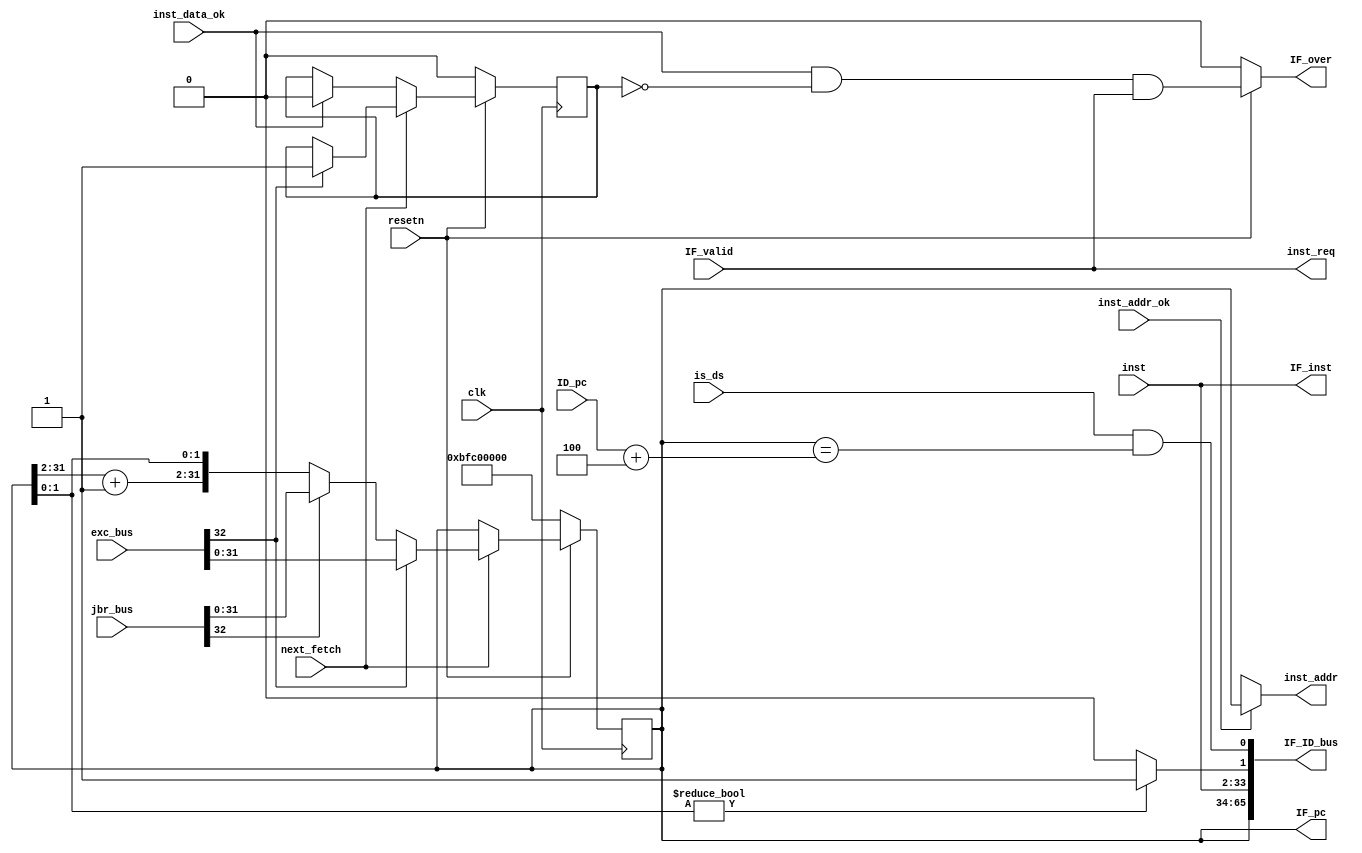
`timescale 1ns / 1ps
//////////////////////////////////////////////////////////////////////////////////
// Company: 
// Engineer: 
// 
// Design Name: 
// Module Name: fetch
// Project Name: 
// Target Devices: 
// Tool Versions: 
// Description: 
// 
// Dependencies: 
// 
// Revision:
// Revision 0.01 - File Created
// Additional Comments:
// 
//////////////////////////////////////////////////////////////////////////////////

`define STARTADDR 32'HBFC00000		// Start Address of Program
module fetch(
	input wire			clk,		// clock	
	input wire			resetn,		// reset signal , low level valid
	input wire			IF_valid,	// IF valid signal
	input wire          next_fetch,
	input wire          inst_addr_ok,
	input wire          inst_data_ok,
	input wire 	[31:0]	inst,		// instruction from inst_rom
	input wire	[32:0]	jbr_bus,	// jump bus
	output wire 		inst_req,	// inst_sram-like request
	output wire	[31:0]	inst_addr,	// fetch_address sent to inst_ram
	output wire			IF_over,	// IF module is finish
	output wire	[65:0]	IF_ID_bus,	// IF -> ID bus

	// Five Levels Pipeline New Interface
	input wire	[32:0]	exc_bus,	// Exception pc bus
	input wire          is_ds,		// Current instruction is delay slot or not
	input wire  [31:0]  ID_pc,     


	// Show PC and instruction fetched
	output wire	[31:0] 	IF_pc,
	output wire	[31:0]	IF_inst
);

// -----------{PC}begin
	wire [31:0] next_pc;
	wire [31:0] seq_pc;
	reg  [31:0] pc;

	// jump pc
	wire		jbr_taken;
	wire [31:0] jbr_target;
	assign {jbr_taken, jbr_target} = jbr_bus;	// jump bus => whether jump and target address

	// Exception PC
	wire		exc_valid;
	wire [31:0] exc_pc;
	reg         has_exc;
	assign {exc_valid, exc_pc} = exc_bus;

	// PC+4
	assign seq_pc[31:2] = pc[31:2] + 1'b1;
	assign seq_pc[1:0] = pc[1:0];

	// New Instruction: if exception appears, PC becomes entrance address of Exception
	// 					else if instruction jump, PC becomes jump address.
	//					else pc + 4.
	assign next_pc = exc_valid ? exc_pc : jbr_taken ? jbr_target : seq_pc;
    assign inst_req = IF_valid;

	always @(posedge clk)
	begin
		if (!resetn)
		begin
			// reset
			pc <= `STARTADDR;
			has_exc <= 1'b0;	
		end
		else if (next_fetch)
		begin
			pc <= next_pc;
			if (exc_valid)
			begin
			    has_exc <= 1'b1;
			end
		end
		else if (inst_data_ok)
		begin
		    has_exc <= 1'b0;
		end
	end
// -----------{PC}end

// -----------{Instruction Sent to inst_rom}begin

	assign inst_addr = inst_addr_ok ? pc : 32'hxxxxxxxx;
// -----------{Instruction Sent to inst_rom}end

// -----------{IF finish}begin
	// due to inst_rom is synchronous r&w,
	// when fetch data, there's a beat delayed
	// it means we can only fetch the instruction in next beat after send address
	// Therefore, the fetch module need two beats.
	// Also when PC refresh, IF_over should be reset to 0
	// then latch IF_valid and that's IF_over signal
	assign IF_over = ~resetn ? 1'b0 : inst_data_ok & ~has_exc & IF_valid;
	
	// If inst_rom is asynchronous read, IF_valid is IF_over signal.
	// What's means IF can finish in one beat.  
// -----------{IF finish}end

// -----------{IF->ID bus}begin
	wire addr_exc;
	assign addr_exc = (pc[1:0]!=2'b00) ? 1'b1 : 1'b0;
	assign IF_ID_bus = {pc, inst, addr_exc, is_ds & (pc==(ID_pc + 32'd4))};	// if IF is valid, latch PC and instruction
// -----------{IF->ID bus}end

// -----------{show PC and instruction of IF module}begin
	assign IF_pc = pc;
	assign IF_inst = inst;
// -----------{show PC and instruction of IF module}end
endmodule